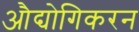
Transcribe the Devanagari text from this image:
औद्योगिकरन